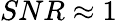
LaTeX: SNR\approx 1